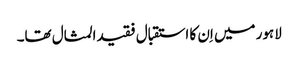
لاہور میں اِن کا استقبال فقیدالمثال تھا۔